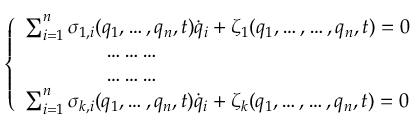
\left\{ \begin{array} { l } { \sum _ { i = 1 } ^ { n } \sigma _ { 1 , i } ( q _ { 1 } , \dots , q _ { n } , t ) { \dot { q } } _ { i } + \zeta _ { 1 } ( q _ { 1 } , \dots , \dots , q _ { n } , t ) = 0 } \\ { \qquad \qquad \dots \dots \dots } \\ { \qquad \qquad \dots \dots \dots } \\ { \sum _ { i = 1 } ^ { n } \sigma _ { k , i } ( q _ { 1 } , \dots , q _ { n } , t ) { \dot { q } } _ { i } + \zeta _ { k } ( q _ { 1 } , \dots , \dots , q _ { n } , t ) = 0 } \end{array} \right.